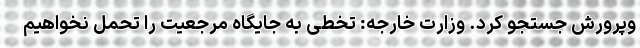
وپرورش جستجو کرد. وزارت خارجه: تخطی به جایگاه مرجعیت را تحمل نخواهیم